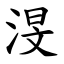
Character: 渂